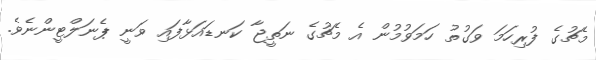
މެޗުގެ ފުރިހަމަ ވަގުތު ހަމަވުމުން އެ މެޗުގެ ނަތީޖާ ކަނޑައަޅާފައި ވަނީ ޕެނަލްޓީންނެވެ.